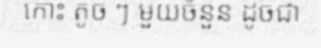
កោះ តូច ៗ មួយចំនួន ដូចជា